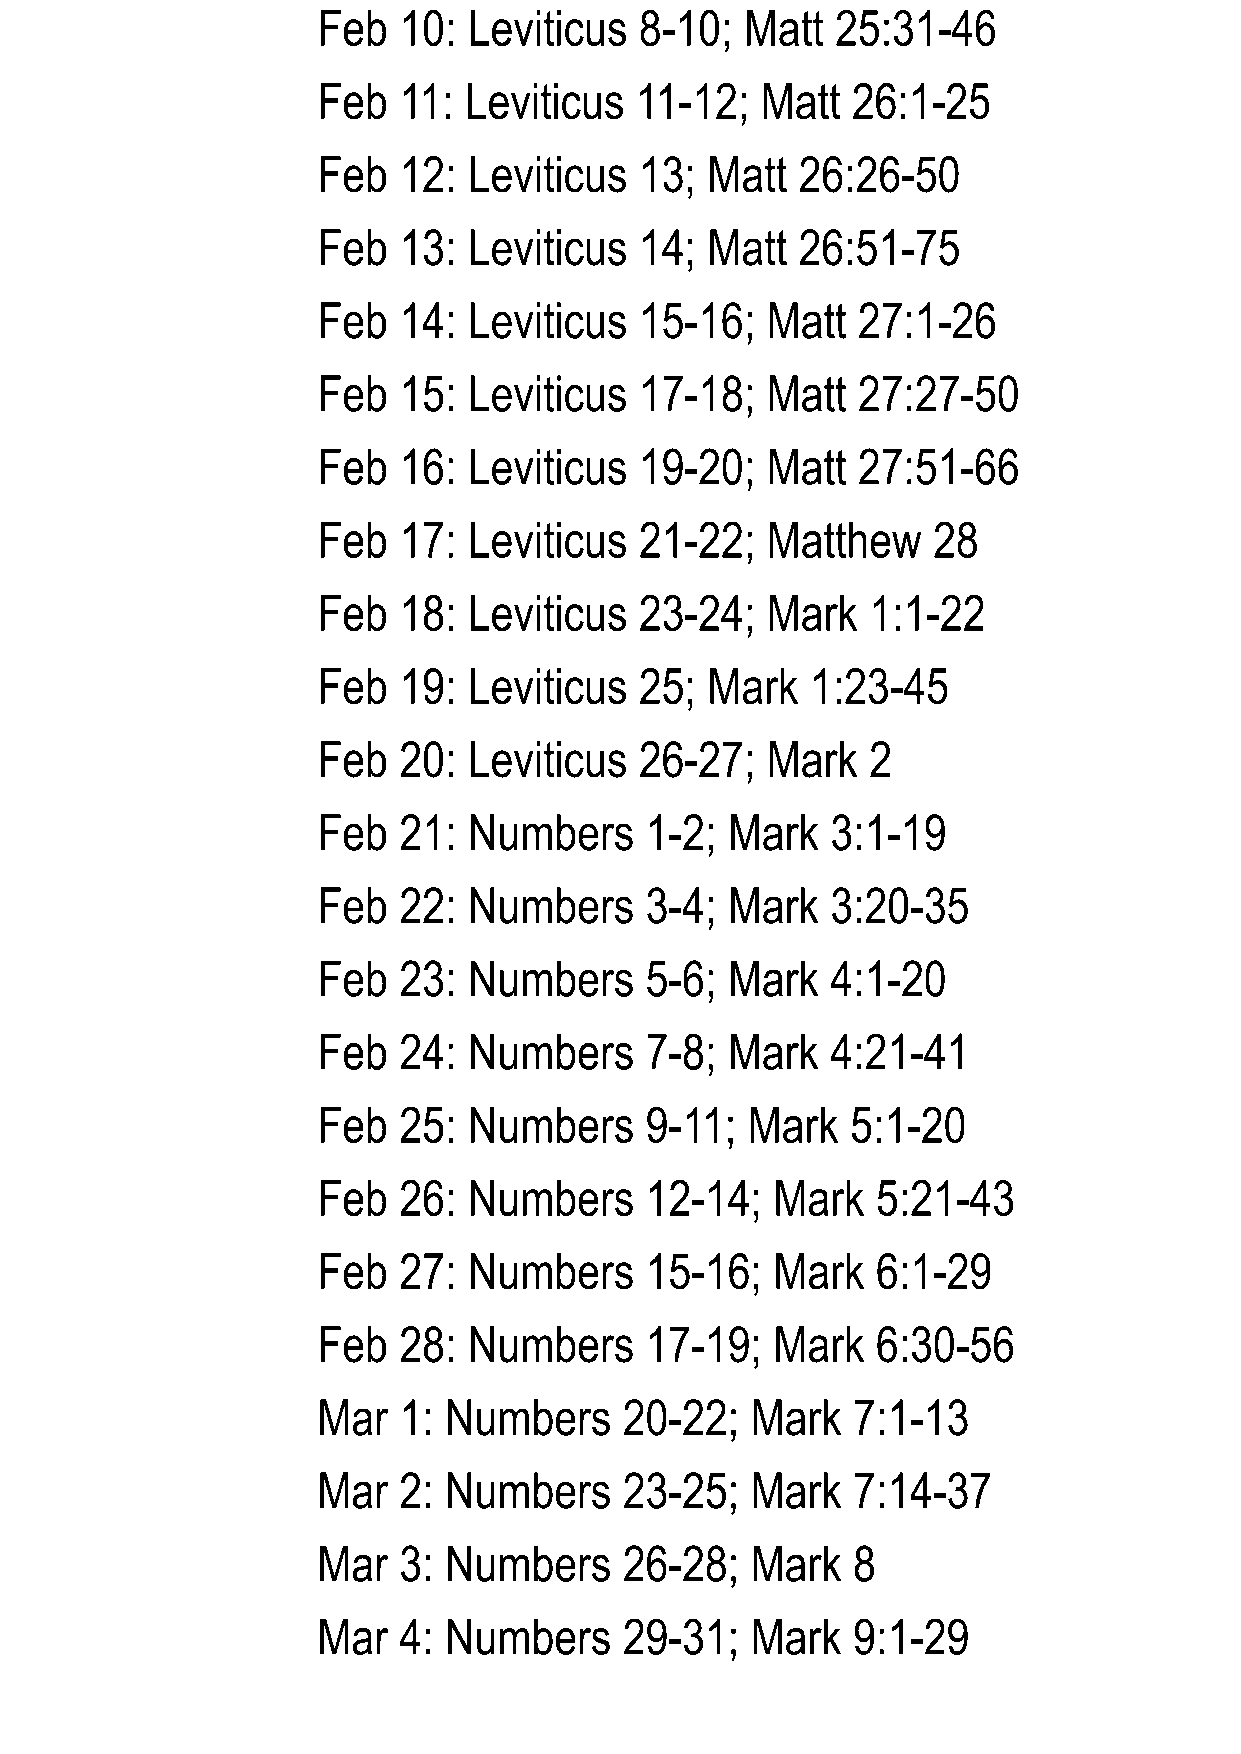
Feb  10:  Leviticus  8-10;  Matt  25:31-46
 Feb  11:  Leviticus  11-12;  Matt  26:1-25
 Feb  12:  Leviticus  13;  Matt  26:26-50
 Feb  13:  Leviticus  14;  Matt  26:51-75
 Feb  14:  Leviticus  15-16;   Matt  27:1-26
 Feb  15:  Leviticus  17-18;   Matt  27:27-50
 Feb  16:  Leviticus  19-20;   Matt  27:51-66
 Feb  17:  Leviticus  21-22;   Matthew    28
 Feb  18:  Leviticus  23-24;   Mark   1:1-22
 Feb  19:  Leviticus  25;  Mark   1:23-45
 Feb  20:  Leviticus  26-27;   Mark   2
 Feb  21:  Numbers     1-2; Mark   3:1-19
 Feb  22:  Numbers     3-4; Mark   3:20-35
 Feb  23:  Numbers     5-6; Mark   4:1-20
 Feb  24:  Numbers     7-8; Mark   4:21-41
 Feb  25:  Numbers     9-11; Mark   5:1-20
 Feb  26:  Numbers     12-14;  Mark   5:21-43
 Feb  27:  Numbers     15-16;  Mark   6:1-29
 Feb  28:  Numbers     17-19;  Mark   6:30-56
 Mar  1: Numbers     20-22;   Mark  7:1-13
 Mar  2: Numbers     23-25;   Mark  7:14-37
 Mar  3: Numbers     26-28;   Mark  8
 Mar  4: Numbers     29-31;   Mark  9:1-29